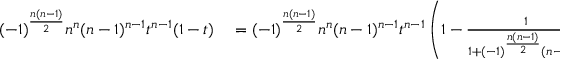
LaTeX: \begin{array} { r l } { ( - 1 ) ^ { \frac { n ( n - 1 ) } { 2 } } n ^ { n } ( n - 1 ) ^ { n - 1 } t ^ { n - 1 } ( 1 - t ) } & { { } = ( - 1 ) ^ { \frac { n ( n - 1 ) } { 2 } } n ^ { n } ( n - 1 ) ^ { n - 1 } t ^ { n - 1 } \left( 1 - { \frac { 1 } { 1 + ( - 1 ) ^ { \frac { n ( n - 1 ) } { 2 } } ( n - 1 ) u ^ { 2 } } } \right) } \end{array}